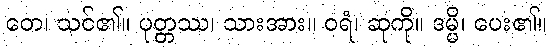
တေ၊ သင်၏။ ပုတ္တဿ၊ သားအား။ ဝရံ၊ ဆုကို။ ဒမ္မိ၊ ပေး၏။